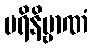
ပရိနိဗ္ဗာဏံ